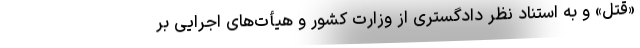
«قتل» و به استناد نظر دادگستری از وزارت کشور و هیأت‌های اجرایی بر